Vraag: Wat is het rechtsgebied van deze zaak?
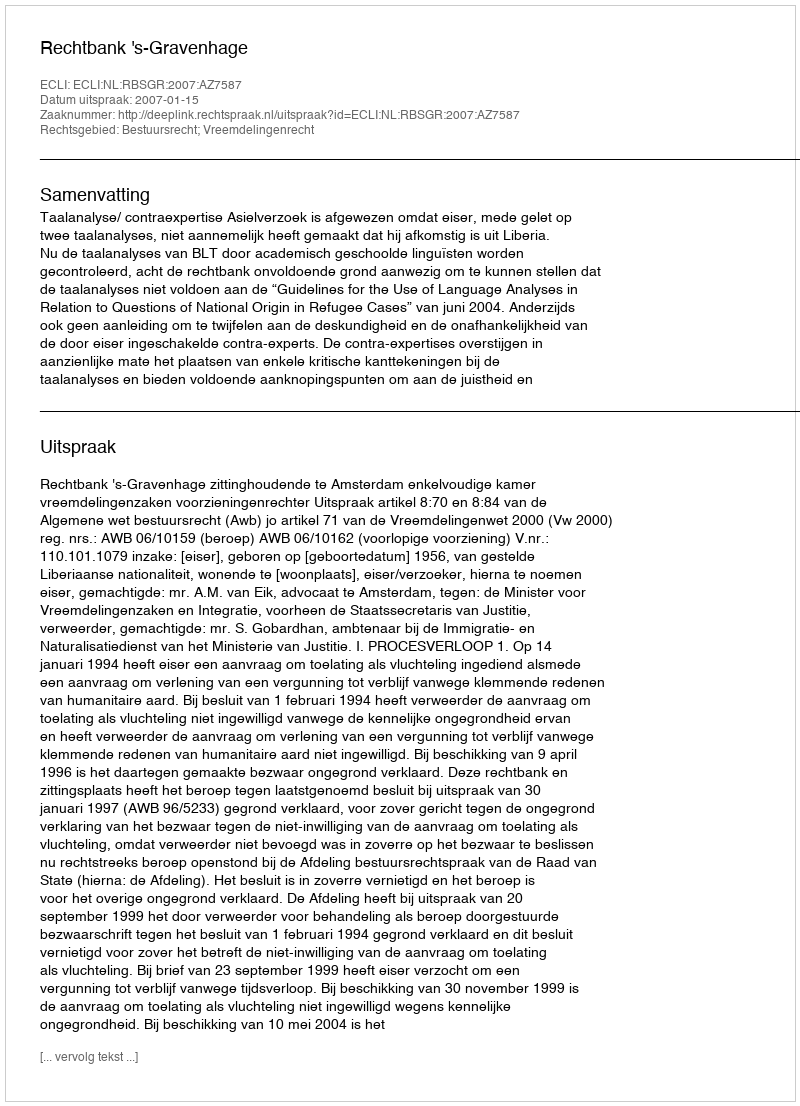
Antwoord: Bestuursrecht; Vreemdelingenrecht